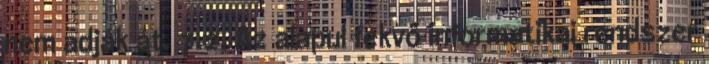
nem adják át. 7.2. Az alapul fekvő informatikai rendszer